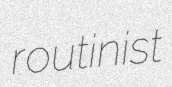
routinist